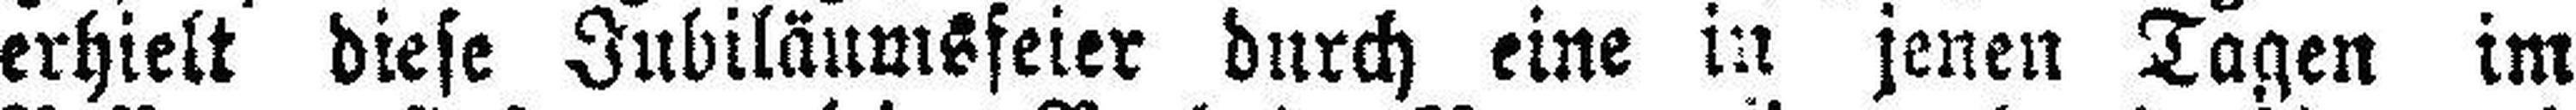
erhielt diese Jubiläumsfeier durch eine in jenen Tagen im